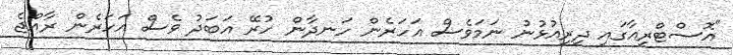
"އޮސްޓްރިއާގައި ދިރިއުޅުނު ނަމަވެސް އަހަރެން ހަނދާން ހުރޭ އަބަދު ވެސް އަހަރެން ރާއްޖެ